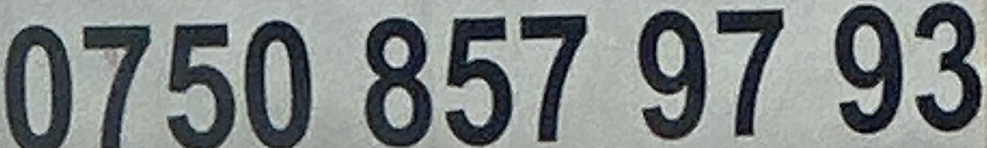
0750 857 97 93